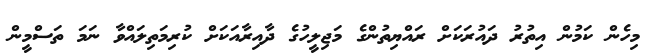
މިހެން ކަމުން އިތުރު ދައުރަކަށް ރައްޔިތުންގެ މަޖިލީހުގެ ދާއިރާއަކަށް ކުރިމަތިލައްވާ ނަމަ ތަސްމީން